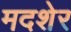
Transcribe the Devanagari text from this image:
मदशेर